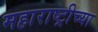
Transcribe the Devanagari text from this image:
महाराष्ट्रीच्या